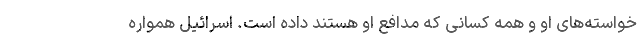
خواسته‌های او و همه کسانی که مدافع او هستند داده است. اسرائیل همواره